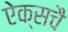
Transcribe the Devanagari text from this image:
ऐक्सचै